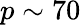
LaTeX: p\sim 70